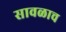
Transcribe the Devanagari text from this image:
सावळाच